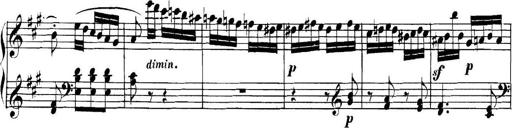
Title: Collected Piano Sonatas
Composer: Muzio Clementi